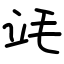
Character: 竓